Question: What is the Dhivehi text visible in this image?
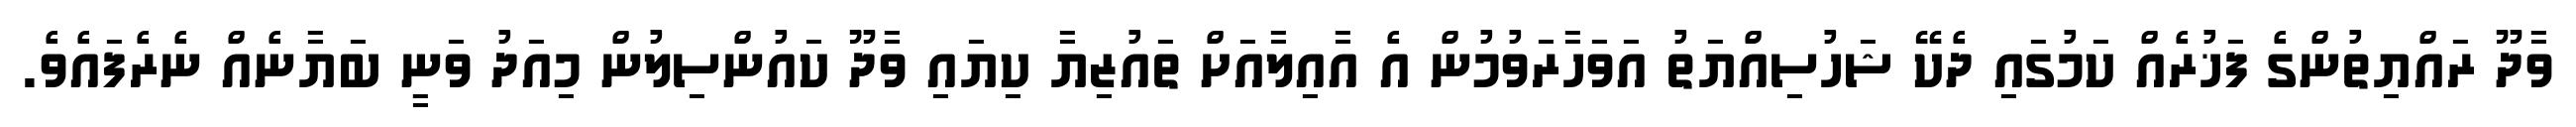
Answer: ވާދޫ ރައްޔިތުންގެ ފަޚުރެއް ކަމުގައި ދެކޭ ޝަހުސިއްޔަތު އަވަހާރަވުމުން އެ އާއިލާއަށް ތައުޒިޔާ ކިޔައި ވާދޫ ކައުންސިލުން މިއަދު ވަނީ ބަޔާނެއް ނެރެފައެވެ.